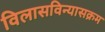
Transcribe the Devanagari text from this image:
विलासविन्यासक्रम